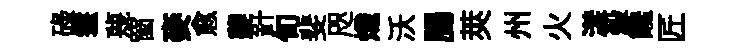
碌鬟蔑窗麥愈夔針旬斐咫熾沃腸莢州火漾殺饞匠